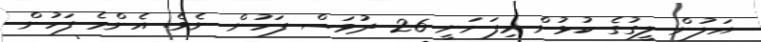
އަލުން ލީގުގެ ކުޅުން މިފަށަނީ 26 ދުވަސް ފަހުން ނެވެ. އެންމެ ފަހުން